Lunatic asylums in Bengal annual reports 1912-1924 - 1912-1924
Year: 1912
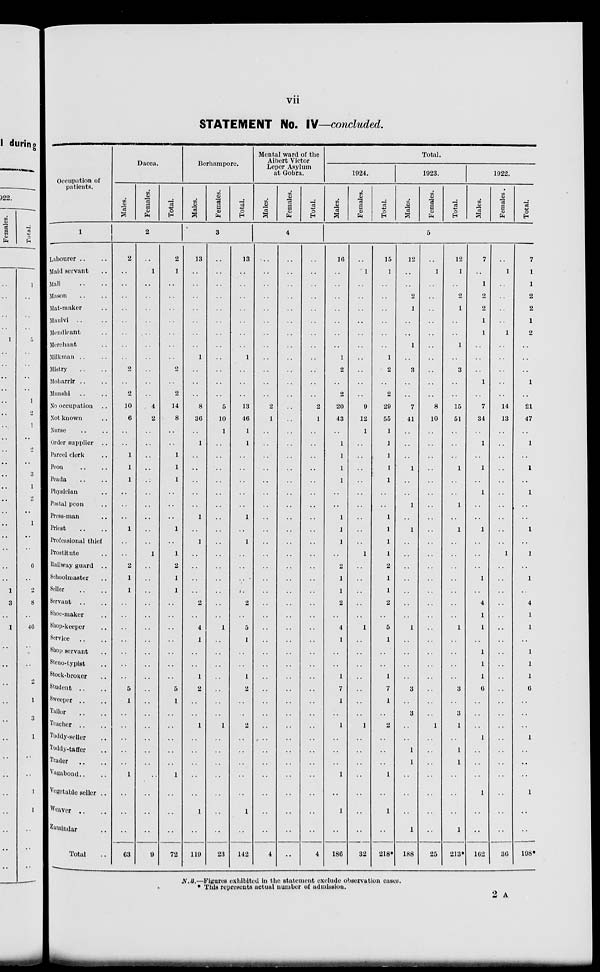
vii
STATEMENT No. IV—concluded.
Occupation of
patients.
1
Labourer .. ..
Maid servant ..
Mali .. ..
Mason .. ..
Mat-maker ..
Maulvi .. ..
Mendicant ..
Merchant ..
Milkman .. ..
Mistry .. ..
Moharrir .. ..
Munshi .. ..
No occupation ..
Not known ..
Nurse .. ..
Order supplier
..
Parcel clerk ..
Peon .. ..
Peada .. ..
Physician ..
Postal peon ..
Press-man ..
Priest .. ..
Professional thief
Prostitute ..
Railway guard
..
Schoolmaster ..
Seller .. ..
Servant .. ..
Shoe-maker
Shop-keeper
Service
Shop servant
Steno-typist ..
Stock-broker
Student
Sweeper .. ..
Tailor
Teacher .. ..
Toddy-seller ..
Toddy-taffer ..
Trader
vaga bond.. ..
Vegetable seller ..
Weaver .. ..
zamindar ..
Total ..
Dacca.
Males.
Females.
Total.
2
2
..
..
..
..
..
..
..
..
2
..
2
10
6
..
..
1
1
1
..
..
..
1
..
..
2
1
1
..
..
..
..
..
..
..
5
1
..
..
..
..
..
1
..
..
..
63
..
1
..
..
..
..
..
..
..
..
..
..
4
2
..
..
..
..
..
..
..
..
..
..
1
..
..
..
..
..
..
..
..
..
..
..
..
..
..
..
..
..
..
..
..
..
9
2
1
..
..
..
..
..
..
..
2
..
2
14
8
..
..
1
1
1
..
..
..
1
..
1
2
1
1
..
..
..
..
..
..
..
5
1
..
..
..
..
..
1
..
..
..
72
Berhampore.
Males.
Females.
Total.
3
13
..
..
..
..
..
..
..
1
..
..
..
8
36
..
1
..
..
..
..
..
1
..
1
..
..
..
..
2
..
4
1
..
..
1
2
..
..
1
..
..
..
..
..
1
..
119
..
..
..
..
..
..
..
..
..
..
..
..
5
10
1
..
..
..
..
..
..
..
..
..
..
..
..
..
..
..
1
..
..
..
..
..
..
..
1
..
..
..
..
..
..
..
23
13
..
..
..
..
..
..
..
1
..
..
..
13
40
1
1
..
..
..
..
..
1
..
1
..
..
..
..
2
..
5
1
..
..
1
2
..
..
2
..
..
..
..
..
1
..
142
Mental ward of the
Albert Victor
Leper Asylum
at Gobra.
Males.
Females.
Total.
4
..
..
..
..
..
..
..
..
..
..
..
..
2
1
..
..
..
..
..
..
..
..
..
..
..
..
..
..
..
..
..
..
..
..
..
..
..
..
..
..
..
..
..
..
..
..
4
..
..
..
..
..
..
..
..
..
..
..
..
..
..
..
..
..
..
..
..
..
..
..
..
..
..
..
..
..
..
..
..
..
..
..
..
..
..
..
..
..
..
..
..
..
..
..
..
..
..
..
..
..
..
..
..
..
..
..
2
1
..
..
..
..
..
..
..
..
..
..
..
..
..
..
..
..
..
..
..
..
..
..
..
..
..
..
..
..
..
..
..
..
4
Total.
1924.
Males.
Females.
Total.
1923.
Males.
Females.
Total.
1922.
Males.
Females.
Total.
5
16
..
..
..
..
..
..
..
1
2
..
2
20
43
..
1
1
1
1
..
..
1
1
1
..
2
1
1
2
..
4
1
..
..
1
7
1
..
1
..
..
..
1
..
1
..
186
..
1
..
..
..
..
..
..
..
..
..
..
9
12
1
..
..
..
..
..
..
..
..
..
1
..
..
..
..
..
1
..
..
..
..
..
..
..
1
..
..
..
..
..
..
..
32
15
1
..
..
..
..
..
..
1
2
..
2
29
55
1
1
1
1
1
..
..
1
1
1
1
2
1
1
2
..
5
1
..
..
1
7
1
..
2
..
..
..
1
..
1
..
218*
12
..
..
2
1
..
..
1
..
3
..
..
7
41
..
..
..
1
..
..
1
..
1
..
..
..
..
..
..
..
1
..
..
..
..
3
..
3
..
..
1
1
..
..
..
1
188
..
1
..
..
..
..
..
..
..
..
..
..
8
10
..
..
..
..
..
..
..
..
..
..
..
..
..
..
..
..
..
..
..
..
..
..
..
..
1
..
..
..
..
..
..
..
25
12
1
..
2
1
..
..
1
..
3
..
..
15
51
..
..
..
1
..
..
1
..
1
..
..
..
..
..
..
..
1
..
..
..
..
3
..
3
1
..
1
1
..
..
..
1
213*
7
..
1
2
2
1
1
..
..
..
1
..
7
34
..
1
..
1
..
1
..
..
1
..
..
..
1
..
4
1
1
..
1
1
1
6
..
..
..
1
..
..
..
1
..
..
162
..
1
..
..
..
..
1
..
..
..
..
..
14
13
..
..
..
..
..
..
..
..
..
..
1
..
..
..
..
..
..
..
..
..
..
..
..
..
..
..
..
..
..
..
..
..
36
7
1
1
2
2
1
2
..
..
..
1
..
21
47
..
1
..
1
..
1
..
1
..
1
..
1
..
4
1
1
..
1
1
1
6
..
..
..
1
..
..
..
1
..
..
198*
N.B.—Figures exhibited in the statement exclude observation cases.
* This represents actual number of admission.
2 A